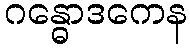
ဂန္ဓောဒကေန